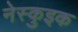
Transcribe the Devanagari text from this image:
नेस्कुइक